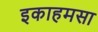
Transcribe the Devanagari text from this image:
इकाहमसा